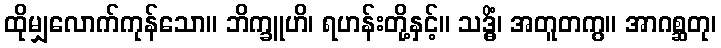
ထိုမျှလောက်ကုန်သော။ ဘိက္ခူဟိ၊ ရဟန်းတို့နှင့်။ သဒ္ဓိံ၊ အတူတကွ။ အာဂစ္ဆတု၊